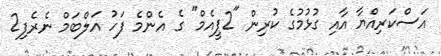
އަސްކަރިއްޔާ އާއި ގުޅުމުގެ ކުރިން "2ޕީއެމް" ގެ އެންމެ ފަހު އަލްބަމް ނެރެފި2